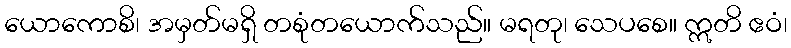
ယောကောစိ၊ အမှတ်မရှိ တစုံတယောက်သည်။ မရတု၊ သေပစေ။ ဣတိ ဧဝံ၊